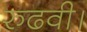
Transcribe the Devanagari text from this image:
रुढवी।